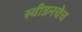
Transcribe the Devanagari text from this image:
स्वीडनचेच